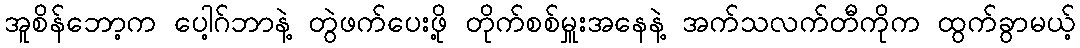
အူစိန်ဘော့က ပေါ့ဂ်ဘာနဲ့ တွဲဖက်ပေးဖို့ တိုက်စစ်မှူးအနေနဲ့ အက်သလက်တီကိုက ထွက်ခွာမယ့်